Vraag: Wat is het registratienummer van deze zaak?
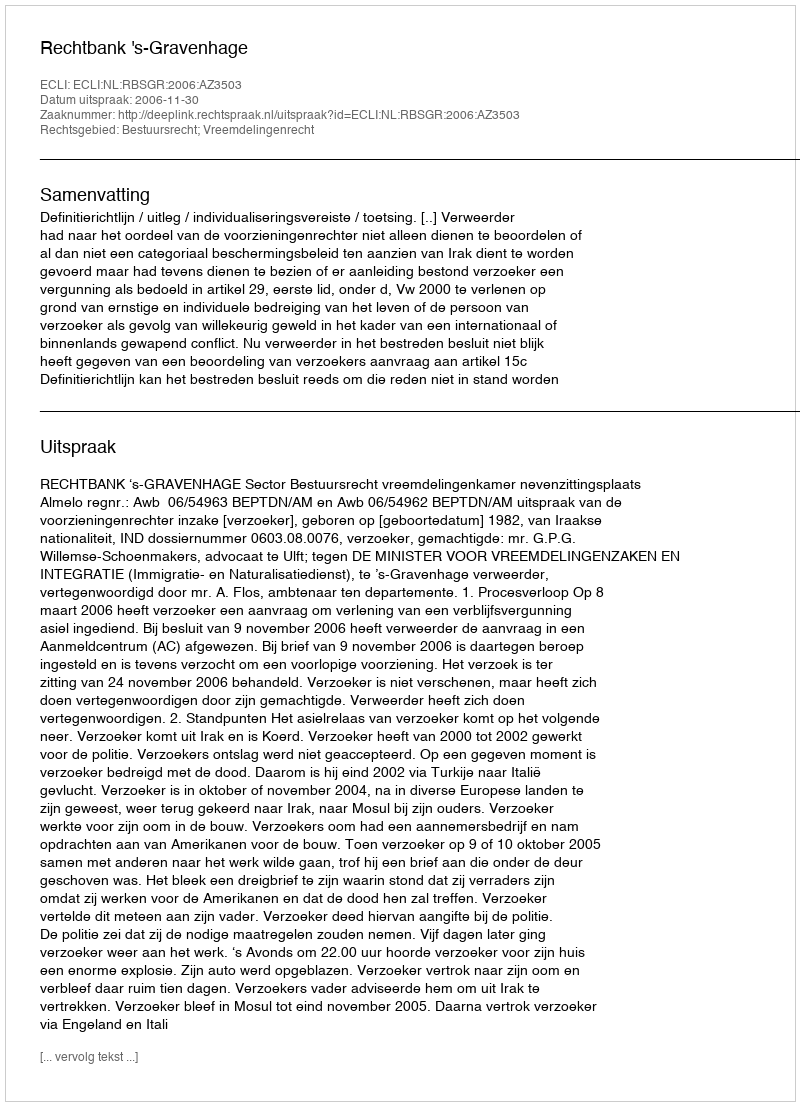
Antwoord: http://deeplink.rechtspraak.nl/uitspraak?id=ECLI:NL:RBSGR:2006:AZ3503